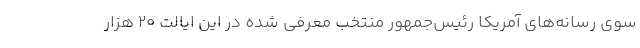
سوی رسانه‌های آمریکا رئیس‌جمهور منتخب معرفی شده در این ایالت ۲۰ هزار